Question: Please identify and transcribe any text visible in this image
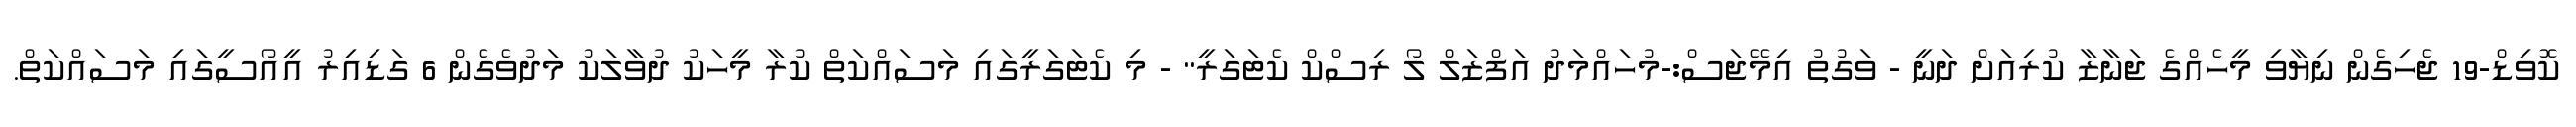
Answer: ކޮވިޑް-19 ޖެހިގެން ނިޔާވި މީހެއްގެ ޖަނާޒާ ކުރިއަށް ދަނީ - ވަގުތު އިމޭޖަސް:-މުހައްމަދު އަފްޒަލް ލޯ ރިސްކް ކެޓަގަރީ" - މި ކެޓަގަރީގައި މަސައްކަތް ކުރާ މީހަކު ދުވާލަކު މަދުވެގެން 6 ގަޑިއިރު އީއޯސީގައި މަސައްކަތް.